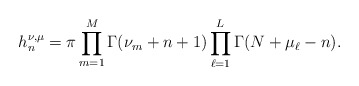
\begin{align*}h_n^{\nu,\mu}=\pi\prod_{m=1}^M\Gamma(\nu_m+n+1)\prod_{\ell=1}^L\Gamma(N+\mu_\ell-n).\end{align*}